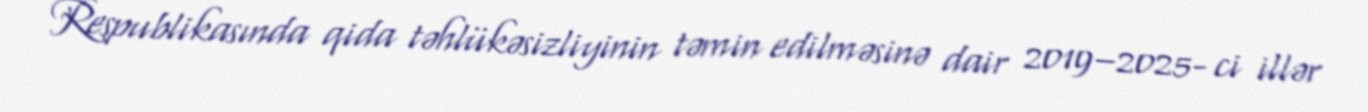
Respublikasında qida təhlükəsizliyinin təmin edilməsinə dair 2019–2025- ci illər